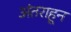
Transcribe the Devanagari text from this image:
अंतराहून